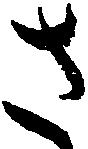
さ